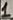
Text: 1